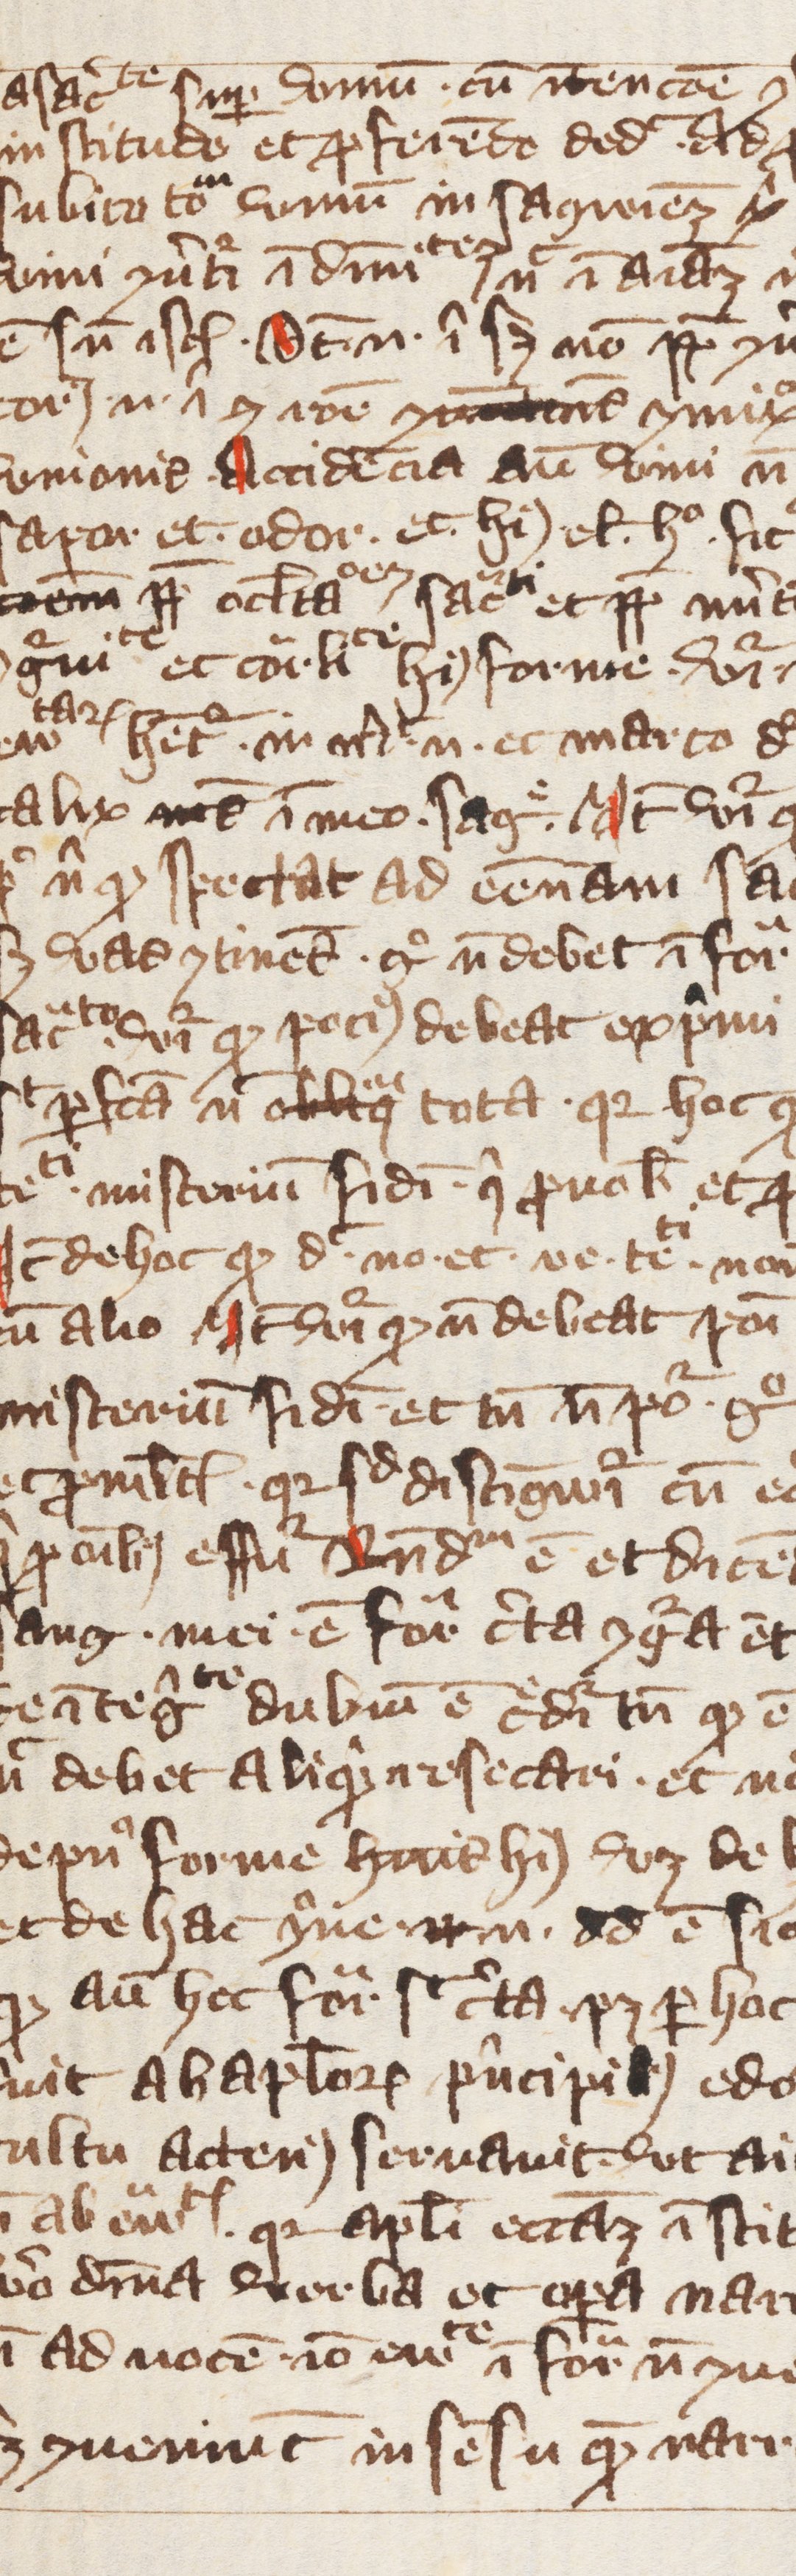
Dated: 1391–1421